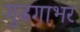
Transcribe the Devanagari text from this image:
गुढगाभर